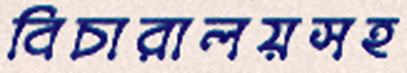
বিচারালয়সহ